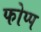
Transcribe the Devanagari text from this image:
फोप्प